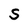
Character: S